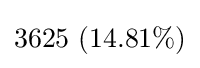
3625\ (14.81\%)